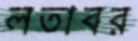
লতাবর